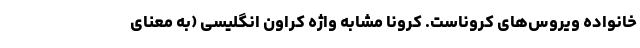
خانواده ویروس‌های کروناست. کرونا مشابه واژه کراون انگلیسی (به معنای